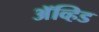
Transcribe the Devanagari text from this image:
अॅव्हिड